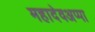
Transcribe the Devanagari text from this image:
महादेवअप्पा